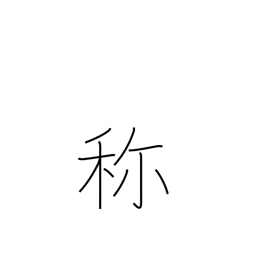
Meaning: name